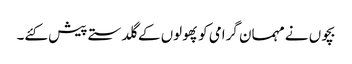
بچوں نے مہمان گرامی کو پھولوں کے گلدستے پیش کئے۔